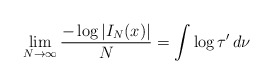
\begin{align*}\lim _{N \rightarrow \infty} \frac{- \log | I _N (x) |}{N} = \int \log \tau ' \, d \nu\end{align*}